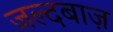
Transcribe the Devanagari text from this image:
जल्दबाज़